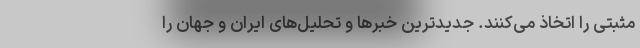
مثبتی را اتخاذ می‌کنند. جدیدترین خبرها و تحلیل‌های ایران و جهان را